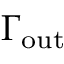
\Gamma _ { \mathrm { o u t } }